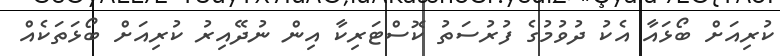
ކުރިއަށް ބޯޅައާ އެކު ދުވުމުގެ ފުރުސަތު ކޮސްޓަރިކާ އިން ނުދޭއިރު ކުރިއަށް ބޯޅަތަކެއް